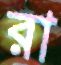
রা